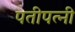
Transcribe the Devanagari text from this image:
पतीपत्नी